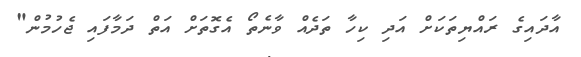
އާދަައިގެ ރައްޔިތަކަށް އަދި ކިހާ ތަދެއް ވާނެތޯ އެގޮތަށް އަތް ދަމާފައި ޖެހުމުން"